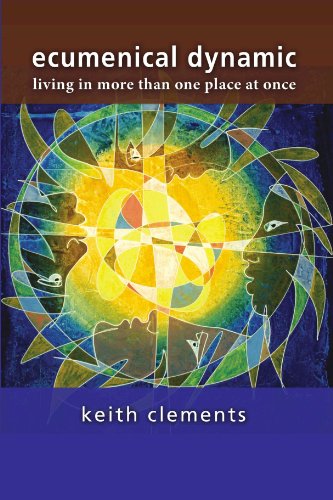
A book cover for Ecumenical Dynamic: Living in More than One Place at Once; Keith Clements; Christian Books & Bibles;